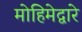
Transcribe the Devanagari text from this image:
मोहिमेद्वारे